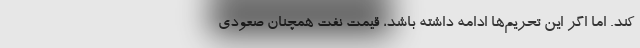
کند. اما اگر این تحریم‌ها ادامه داشته باشد، قیمت نفت همچنان صعودی